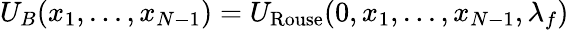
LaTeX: U_{B}(x_{1},...,x_{N-1})=U_{\mathrm{Rouse}}(0,x_{1},...,x_{N-1},\lambda_{f})